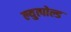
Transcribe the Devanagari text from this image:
ल्युत्पोल्ड